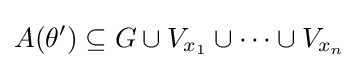
A(\theta ')\subseteq G\cup V_{x_{1}}\cup \dots \cup V_{x_{n}}